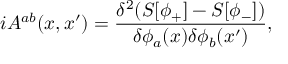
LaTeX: i A ^ { a b } ( x , x ^ { \prime } ) = \frac { \delta ^ { 2 } ( S [ \phi _ { + } ] - S [ \phi _ { - } ] ) } { \delta \phi _ { a } ( x ) \delta \phi _ { b } ( x ^ { \prime } ) } ,